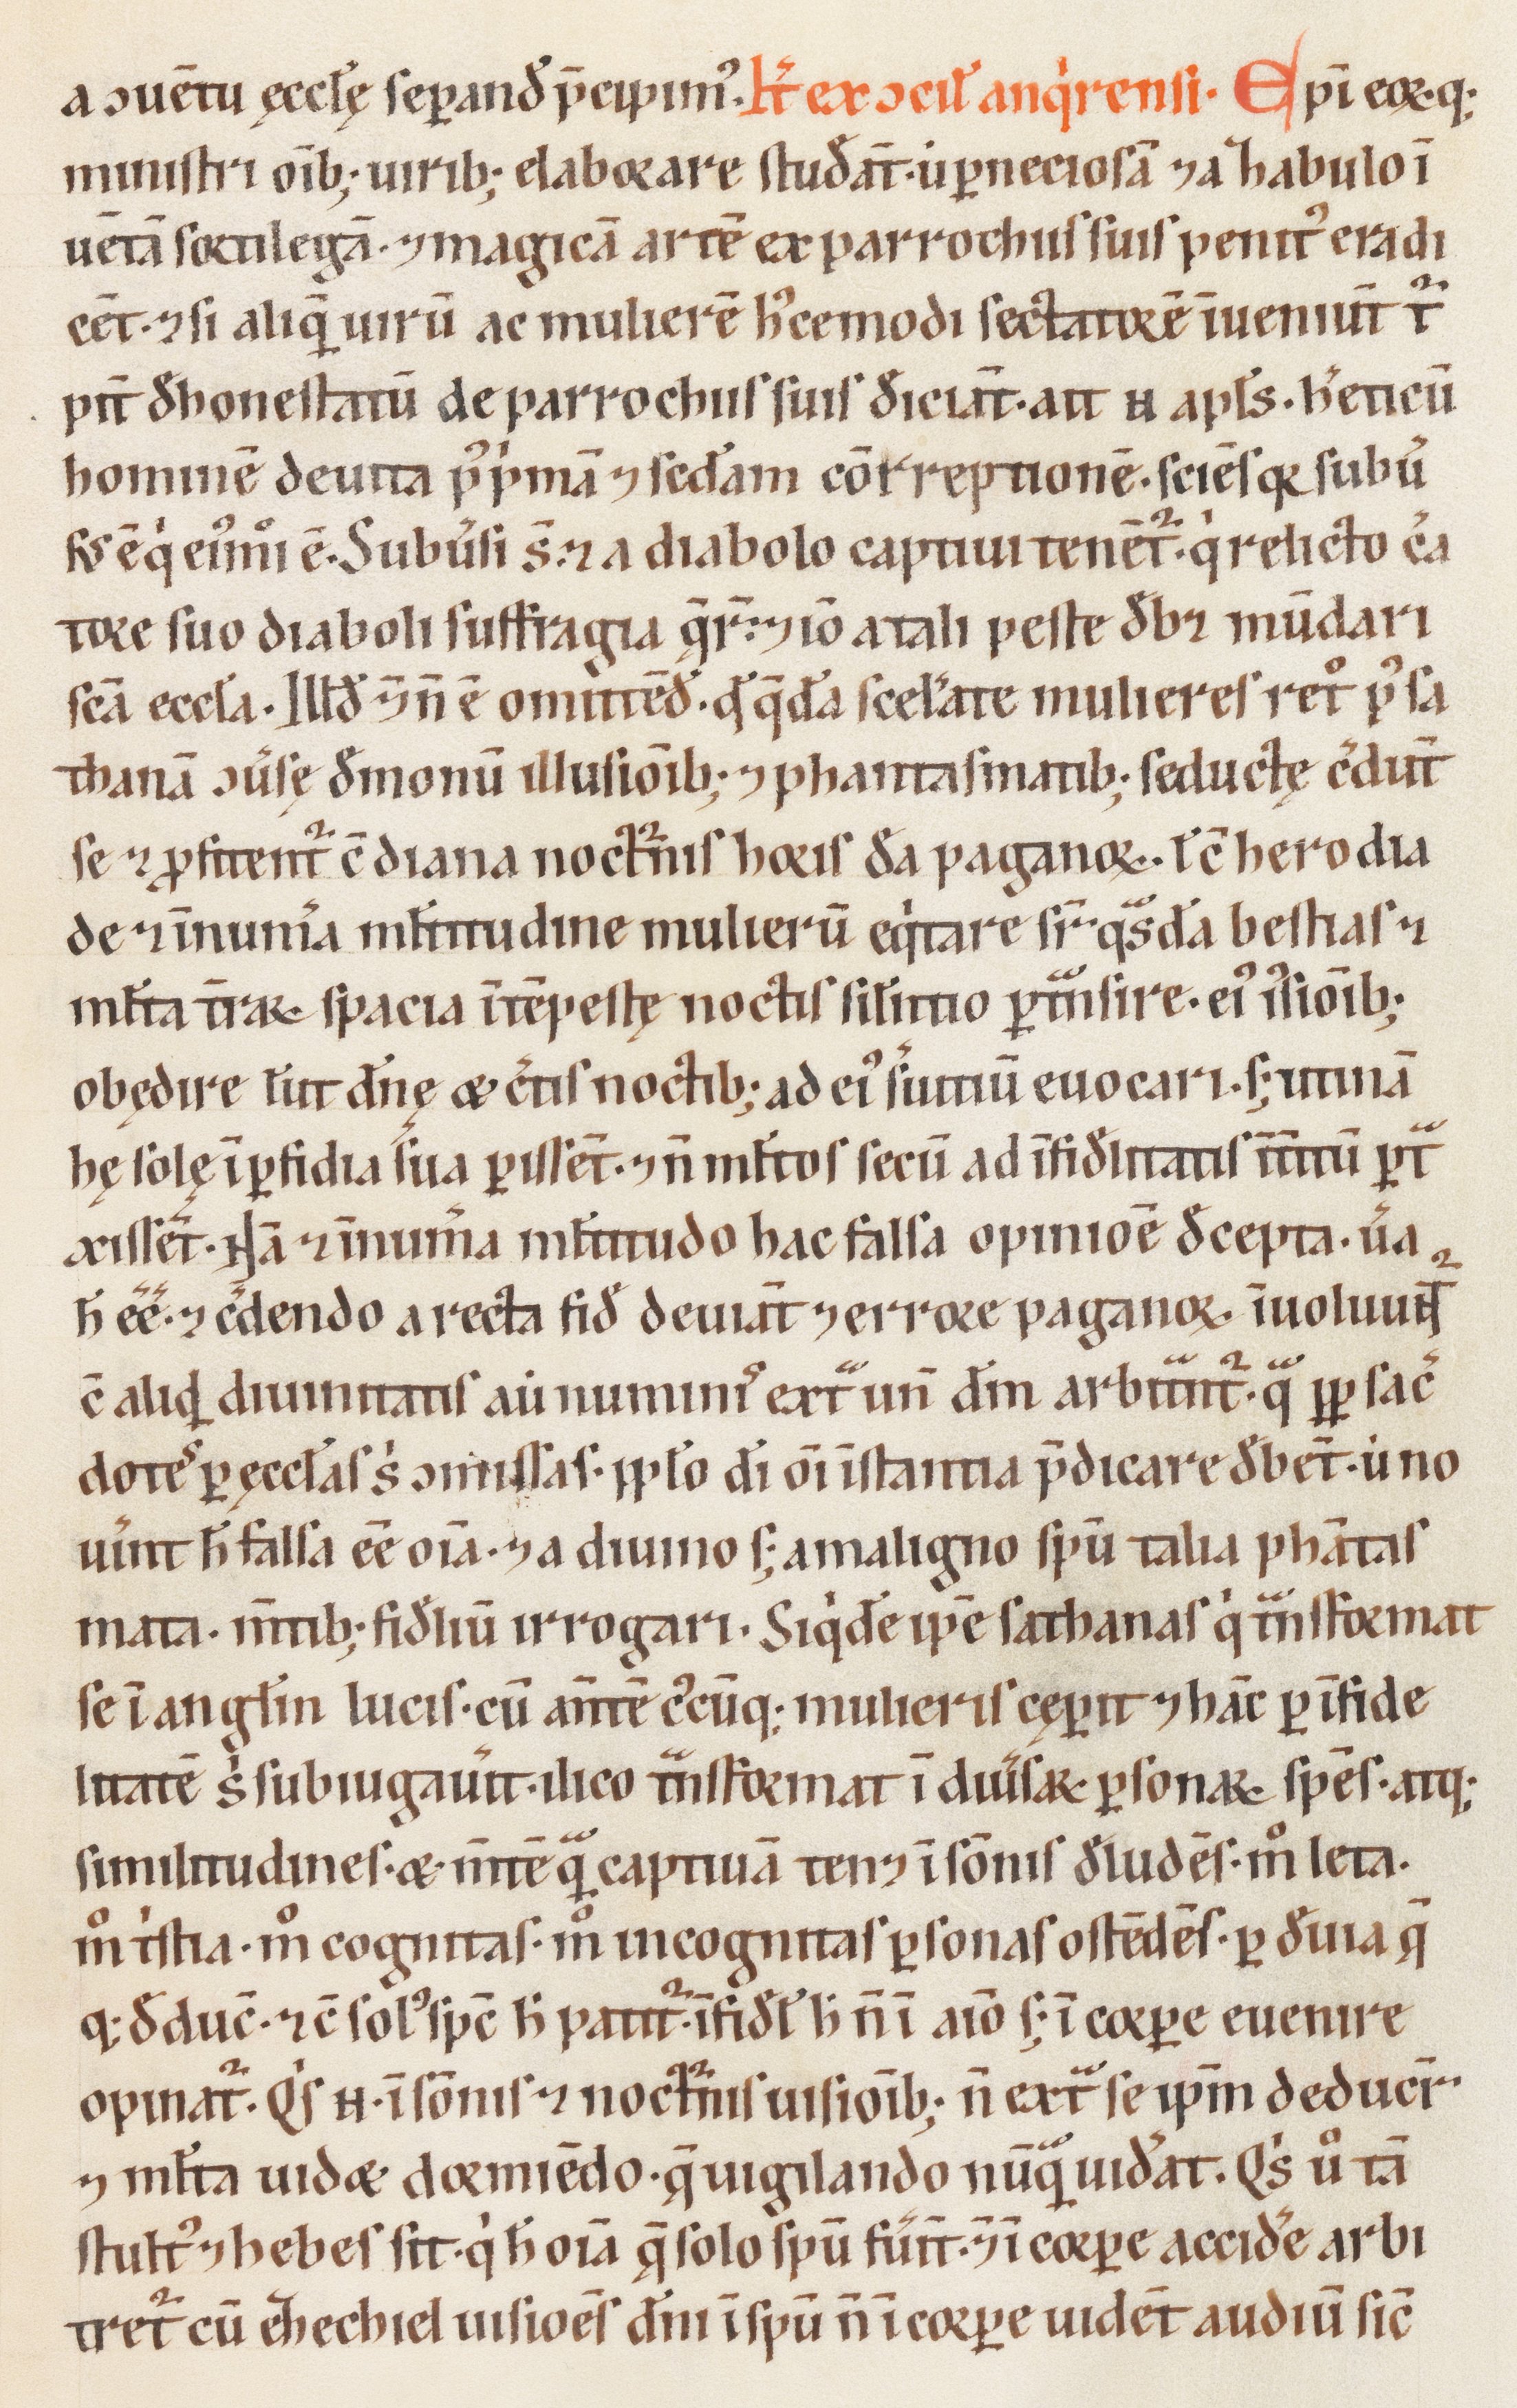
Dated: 1200–1299